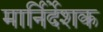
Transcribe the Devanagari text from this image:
मार्निर्देशक